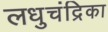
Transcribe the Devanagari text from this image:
लधुचंद्रिका